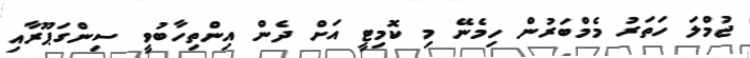
ޖުމްލަ ހަތަރު މެމްބަރުން ހިމެނޭ މި ކޮމިޓީ އަށް ދެން އިންތިހާބުވީ ސިންގަޕޫރާއި